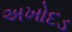
અખોદડ